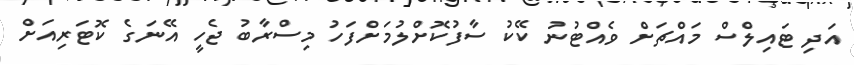
އަދި ޓައިލްސް މައްޗަށް ވެއްޓުނު ކޭކު ސާފުކޮށްލުމަށްފަހު މިސްރާބު ޖެހީ އޭނަގެ ކޮޓަރިއަށް